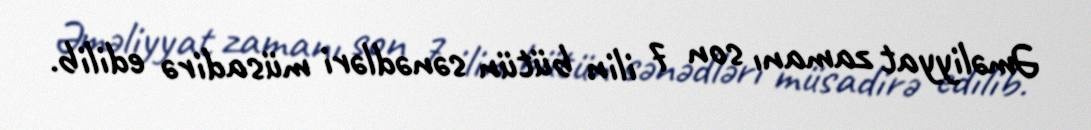
Əməliyyat zamanı son 7 ilin bütün sənədləri müsadirə edilib.